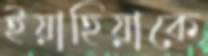
ইয়াহিয়াকে